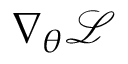
\nabla _ { \boldsymbol { \theta } } \mathcal { L }